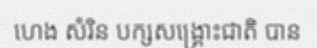
ហេង សំរិន បក្សសង្គ្រោះជាតិ បាន